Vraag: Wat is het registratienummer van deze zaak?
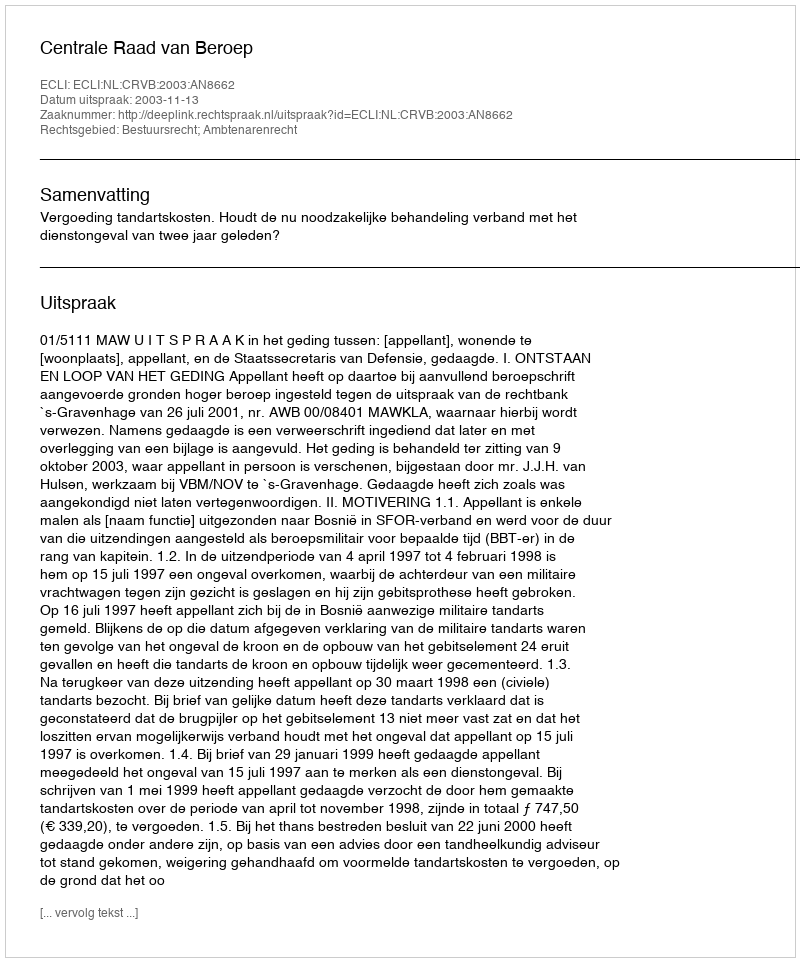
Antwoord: http://deeplink.rechtspraak.nl/uitspraak?id=ECLI:NL:CRVB:2003:AN8662